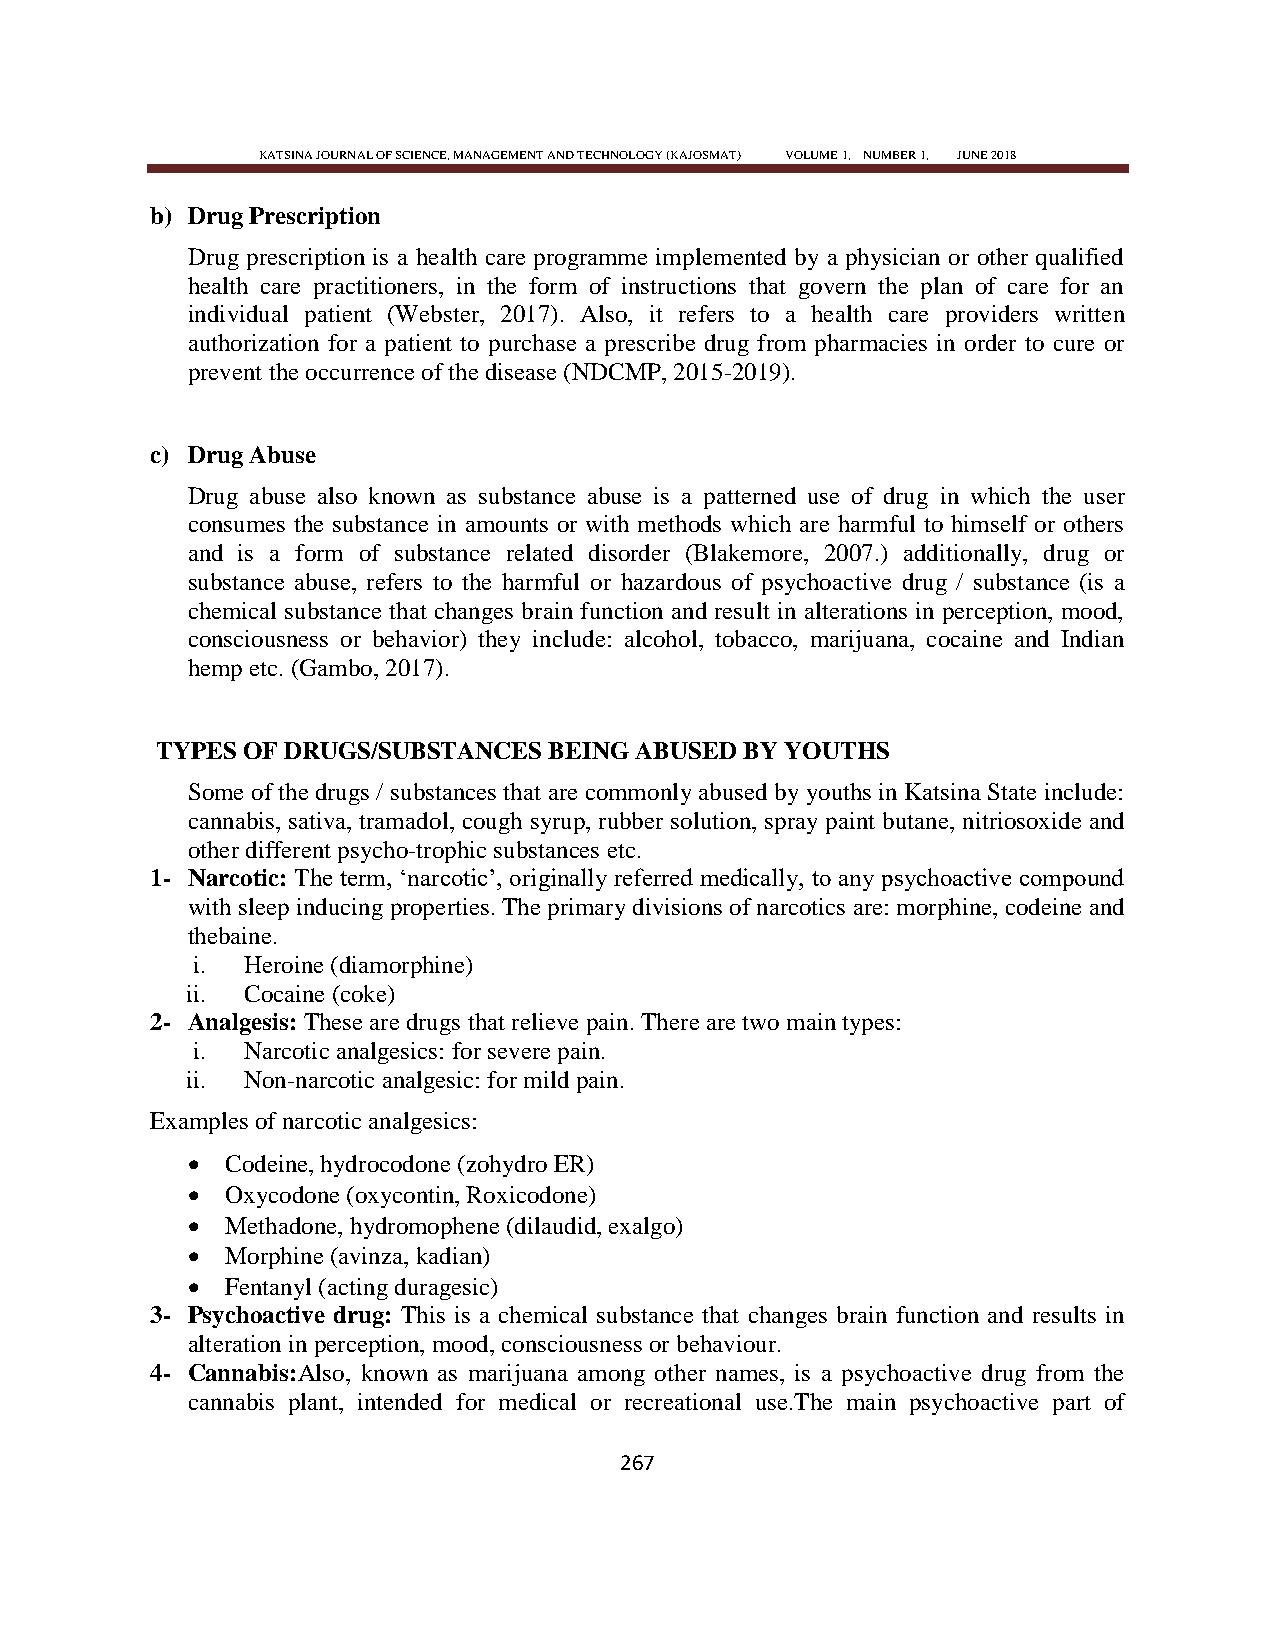
KATSINA JOURNAL OF SCIENCE, MANAGEMENT AND TECHNOLOGY (KAJOSMAT) VOLUME 1, NUMBER 1, JUNE 2018
 b) Drug Prescription
 Drug prescription is a health care programme implemented by a physician or other qualified
 health care practitioners, in the form of instructions that govern the plan of care for an
 individual patient (Webster, 2017). Also, it refers to a health care providers written
 authorization for a patient to purchase a prescribe drug from pharmacies in order to cure or
 prevent the occurrence of the disease (NDCMP, 2015-2019).
 c) Drug Abuse
 Drug abuse also known as substance abuse is a patterned use of drug in which the user
 consumes the substance in amounts or with methods which are harmful to himself or others
 and is a form of substance related disorder (Blakemore, 2007.) additionally, drug or
 substance abuse, refers to the harmful or hazardous of psychoactive drug / substance (is a
 chemical substance that changes brain function and result in alterations in perception, mood,
 consciousness or behavior) they include: alcohol, tobacco, marijuana, cocaine and Indian
 hemp etc. (Gambo, 2017).
 TYPES OF DRUGS/SUBSTANCES BEING ABUSED BY YOUTHS
 Some of the drugs / substances that are commonly abused by youths in Katsina State include:
 cannabis, sativa, tramadol, cough syrup, rubber solution, spray paint butane, nitriosoxide and
 other different psycho-trophic substances etc.
 1- Narcotic: The term, ‗narcotic‘, originally referred medically, to any psychoactive compound
 with sleep inducing properties. The primary divisions of narcotics are: morphine, codeine and
 thebaine.
 i. Heroine (diamorphine)
 ii. Cocaine (coke)
 2- Analgesis: These are drugs that relieve pain. There are two main types:
 i. Narcotic analgesics: for severe pain.
 ii. Non-narcotic analgesic: for mild pain.
 Examples of narcotic analgesics:
   Codeine, hydrocodone (zohydro ER)
   Oxycodone (oxycontin, Roxicodone)
   Methadone, hydromophene (dilaudid, exalgo)
   Morphine (avinza, kadian)
   Fentanyl (acting duragesic)
 3- Psychoactive drug: This is a chemical substance that changes brain function and results in
 alteration in perception, mood, consciousness or behaviour.
 4- Cannabis:Also, known as marijuana among other names, is a psychoactive drug from the
 cannabis plant, intended for medical or recreational use.The main psychoactive part of
 267